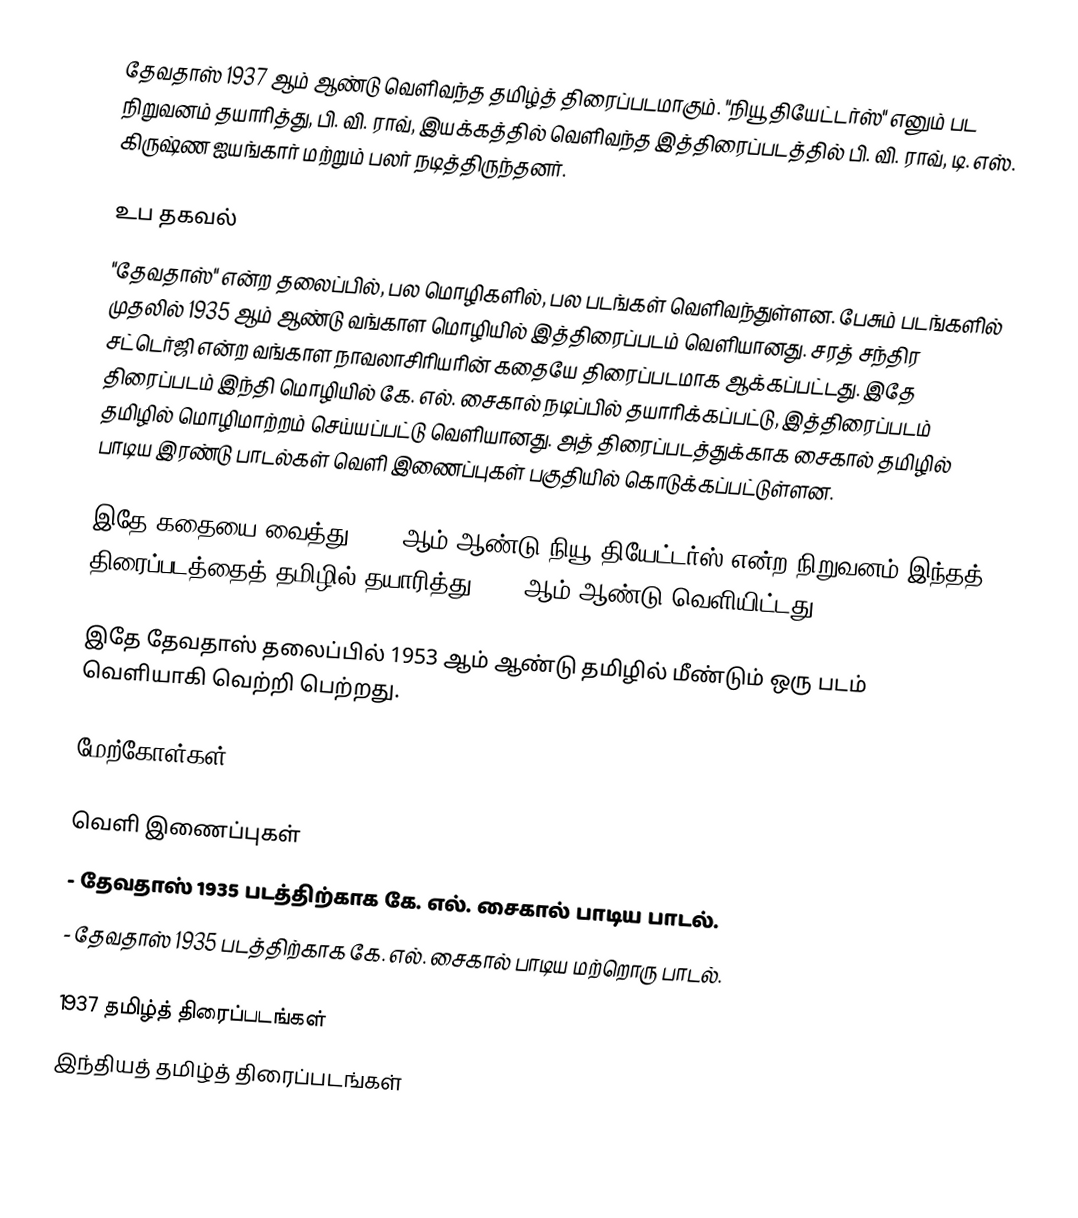
தேவதாஸ் 1937 ஆம் ஆண்டு வெளிவந்த தமிழ்த் திரைப்படமாகும். "நியூ தியேட்டர்ஸ்" எனும் பட நிறுவனம் தயாரித்து, பி. வி. ராவ், இயக்கத்தில் வெளிவந்த இத்திரைப்படத்தில் பி. வி. ராவ், டி. எஸ். கிருஷ்ண ஐயங்கார் மற்றும் பலர் நடித்திருந்தனர்.

உப தகவல்
"தேவதாஸ்" என்ற தலைப்பில், பல மொழிகளில், பல படங்கள் வெளிவந்துள்ளன. பேசும் படங்களில் முதலில் 1935 ஆம் ஆண்டு வங்காள மொழியில் இத்திரைப்படம் வெளியானது. சரத் சந்திர சட்டெர்ஜி என்ற வங்காள நாவலாசிரியரின் கதையே திரைப்படமாக ஆக்கப்பட்டது. இதே திரைப்படம் இந்தி மொழியில் கே. எல். சைகால் நடிப்பில் தயாரிக்கப்பட்டு, இத்திரைப்படம் தமிழில் மொழிமாற்றம் செய்யப்பட்டு வெளியானது. அத் திரைப்படத்துக்காக சைகால் தமிழில் பாடிய இரண்டு பாடல்கள் வெளி இணைப்புகள் பகுதியில் கொடுக்கப்பட்டுள்ளன.

இதே கதையை வைத்து 1936 ஆம் ஆண்டு நியூ தியேட்டர்ஸ் என்ற நிறுவனம் இந்தத் திரைப்படத்தைத் தமிழில் தயாரித்து 1937 ஆம் ஆண்டு வெளியிட்டது.

இதே தேவதாஸ் தலைப்பில் 1953 ஆம் ஆண்டு தமிழில் மீண்டும் ஒரு படம் வெளியாகி வெற்றி பெற்றது.

மேற்கோள்கள்

வெளி இணைப்புகள்
 - தேவதாஸ் 1935 படத்திற்காக கே. எல். சைகால் பாடிய பாடல்.
 - தேவதாஸ் 1935 படத்திற்காக கே. எல். சைகால் பாடிய மற்றொரு பாடல்.

1937 தமிழ்த் திரைப்படங்கள்
இந்தியத் தமிழ்த் திரைப்படங்கள்